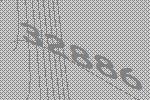
32886